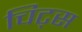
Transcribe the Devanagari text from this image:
चिट्स